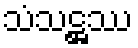
သံသဋ္ဌဿ